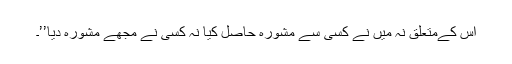
اس کےمتعلق نہ میں نے کسی سے مشورہ حاصل کیا نہ کسی نے مجھے مشورہ دیا’’۔